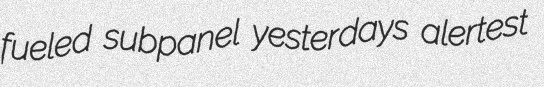
fueled subpanel yesterdays alertest